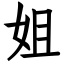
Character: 姐